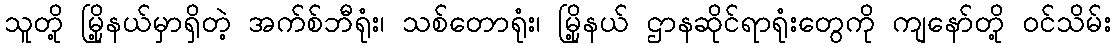
သူတို့ မြို့နယ်မှာရှိတဲ့ အက်စ်ဘီရုံး၊ သစ်တောရုံး၊ မြို့နယ် ဌာနဆိုင်ရာရုံးတွေကို ကျနော်တို့ ဝင်သိမ်း